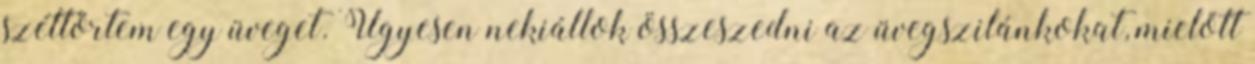
széttörtem egy üveget. Ügyesen nekiállok összeszedni az üvegszilánkokat, mielőtt